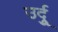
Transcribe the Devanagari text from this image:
उर्दुू